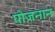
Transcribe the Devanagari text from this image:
पोज़नान